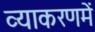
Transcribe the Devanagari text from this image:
व्याकरणमें